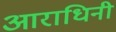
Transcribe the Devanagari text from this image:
आराधिनी